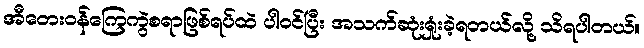
အီတေးဝန်ကြေကွဲစရာဖြစ်ရပ်ထဲ ပါဝင်ပြီး အသက်ဆုံးရှုံးခဲ့ရတယ်လို့ သိရပါတယ်။